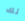
لك